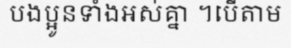
បងប្អូនទាំងអស់គ្នា ។បើតាម